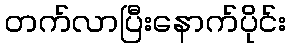
တက်လာပြီးနောက်ပိုင်း